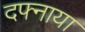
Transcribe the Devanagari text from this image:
दफ्नाया